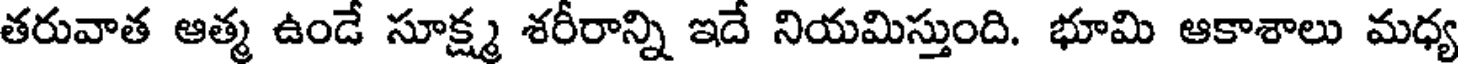
తరువాత ఆత్మ ఉండే సూక్ష్మ శరీరాన్ని ఇదే నియమిస్తుంది. భూమి ఆకాశాలు మధ్య